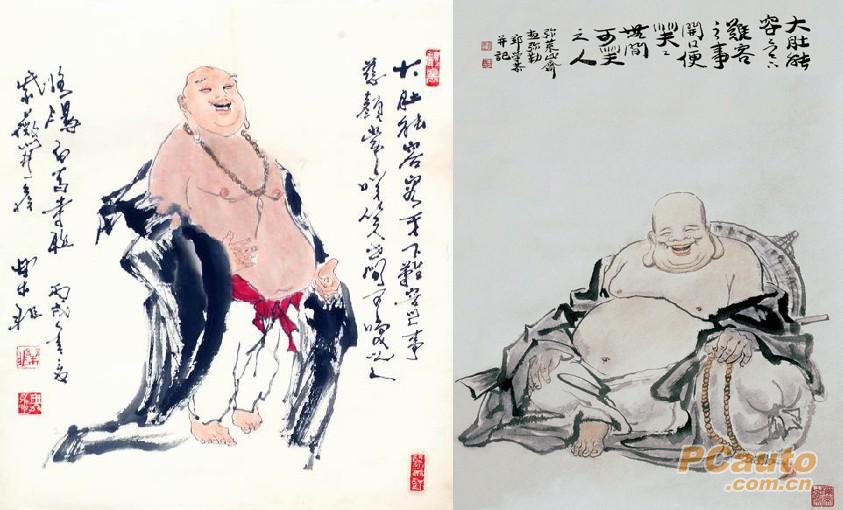
仁者，人也，亲亲为大。义者，宜也，尊贤为大。